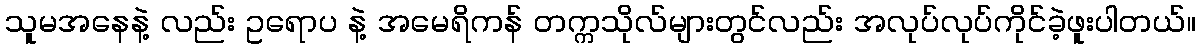
သူမအနေနဲ့ လည်း ဥရောပ နဲ့ အမေရိကန် တက္ကသိုလ်များတွင်လည်း အလုပ်လုပ်ကိုင်ခဲ့ဖူးပါတယ်။